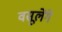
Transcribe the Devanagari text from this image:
वसूलेंगे